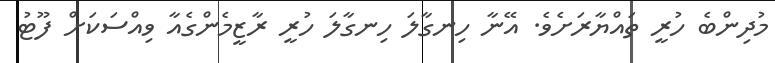
މުދިންބެ ހުރީ ތައްޔާރަށެވެ. އޭނާ ހިނގާލަ ހިނގާލަ ހުރީ ރާޒީމެންގެއާ ވިއްސަކަށް ފޫޓު